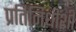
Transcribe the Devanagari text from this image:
प्रतिनिधींशी